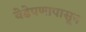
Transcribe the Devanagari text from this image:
वेडेपणापासून